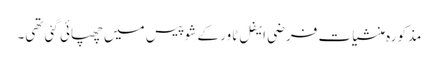
مذکورہ منشیات فرضی ایفل ٹاور کے شو پیس میں چھپائی گئی تھی۔